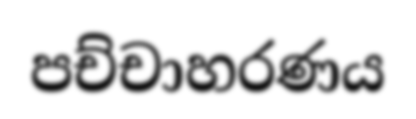
පච්චාහරණය